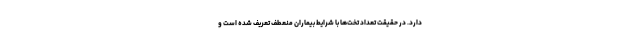
دارد. در حقیقت تعداد تخت‌ها با شرایط بیماران منعطف تعریف شده است و